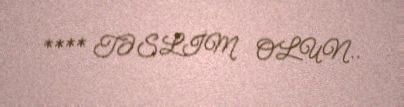
**** TƏSLİM OLUN..